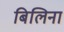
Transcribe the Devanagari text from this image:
बिलिना